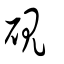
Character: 硯